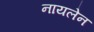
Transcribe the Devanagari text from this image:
नायलेन